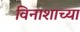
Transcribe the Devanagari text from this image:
विनाशाच्या